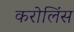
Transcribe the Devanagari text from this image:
करोलिंस